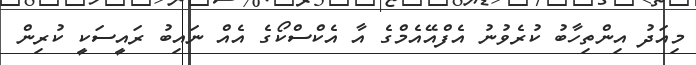
މިއަދު އިންތިހާބު ކުރެވުނު އެފްއޭއެމްގެ އާ އެކްސްކޯގެ އެއް ނައިބު ރައީސަކީ ކުރިން